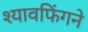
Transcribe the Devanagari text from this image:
श्यावफिंगने